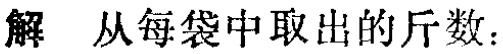
解 从每袋中取出的斤数：